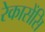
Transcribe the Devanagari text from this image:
रेकासेंसि